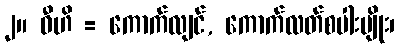
၂။ ဝီဟိ = ကောက်လျင်, ကောက်လတ်စပါးမျိုး၊